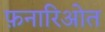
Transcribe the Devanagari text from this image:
फ़नारिओत